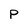
Character: P